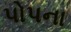
પોપના